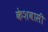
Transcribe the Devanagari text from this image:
केशवासी